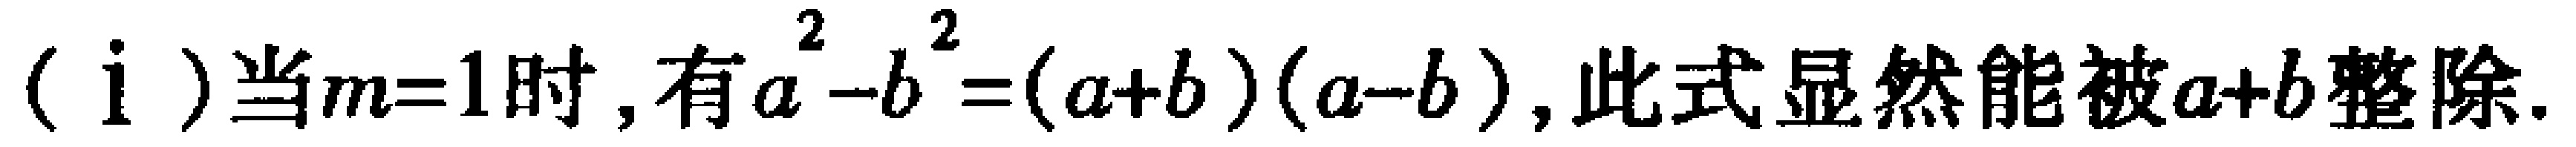
(i)当\(m = 1\)时,有\(a^{2}-b^{2}=(a + b)(a - b)\),此式显然能被\(a + b\)整除.